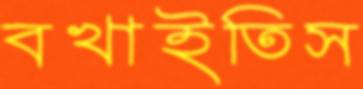
বখাইতিস